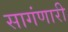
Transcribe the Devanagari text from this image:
सागंणारी